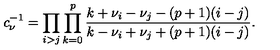
c _ { \nu } ^ { - 1 } = \prod _ { i > j } \prod _ { k = 0 } ^ { p } \frac { k + \nu _ { i } - \nu _ { j } - ( p + 1 ) ( i - j ) } { k - \nu _ { i } + \nu _ { j } + ( p + 1 ) ( i - j ) } .